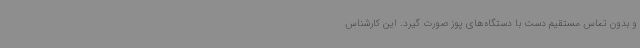
و بدون تماس مستقیم دست با دستگاه‌های پوز صورت ‌گیرد. این کارشناس